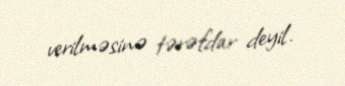
verilməsinə tərəfdar deyil.